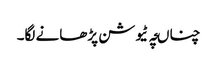
چناںچہ ٹیوشن پڑھانے لگا۔